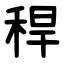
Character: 稈